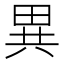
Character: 異